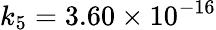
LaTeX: k_{5}=3.60\times 10^{-16}